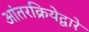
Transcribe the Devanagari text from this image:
आंतरक्रियेद्वारे